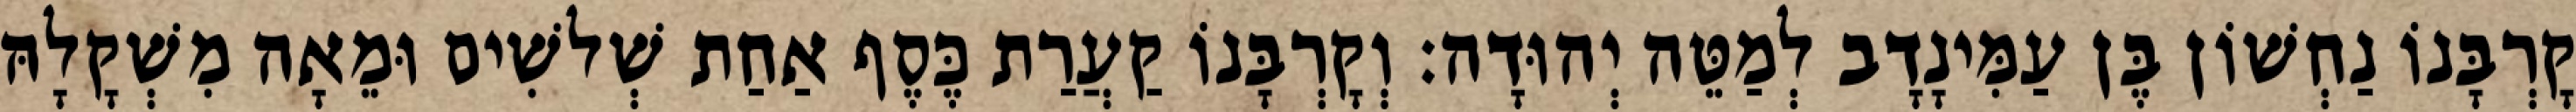
קָרְבָּנוֹ נַחְשׁוֹן בֶּן עַמִּינָדָב לְמַטֵּה יְהוּדָה׃ וְקָרְבָּנוֹ קַעֲרַת כֶּסֶף אַחַת שְׁלשִׁים וּמֵאָה מִשְׁקָלָהּ